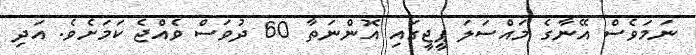
ނަމަވެސް އޭނާގެ މައްސަލަ ޕީޖީގައި އޮންނަތާ 60 ދުވަސް ވެއްޖެ ކަމަށެވެ. އަދި